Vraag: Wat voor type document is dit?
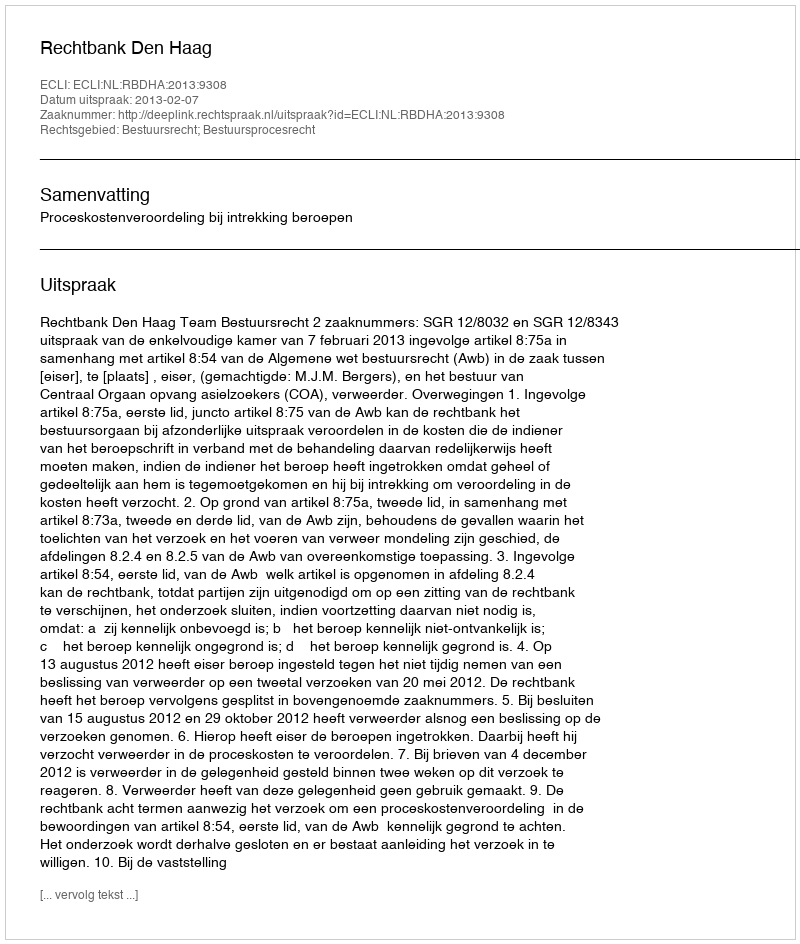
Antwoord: Uitspraak